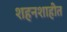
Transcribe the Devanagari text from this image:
शहनशाहीत